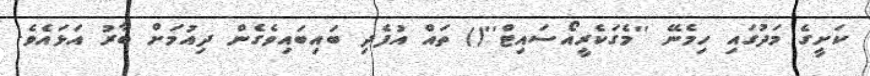
ކަށީގެ މަދުގައި ހިމެނޭ ''މެގަކެރީއޯސައިޓް''() ތައް އުފެދި ބައިބައިވެގެން ދިއުމަށް ބާރު އަޅައެވެ.